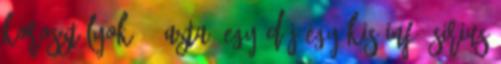
Korosztályok. ” Azta, egy Díj Egy kis infó Sirius